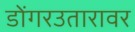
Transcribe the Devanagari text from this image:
डोंगरउतारावर